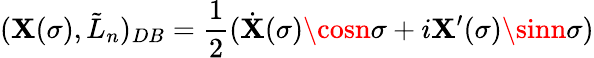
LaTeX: (\mathbf{X}(\sigma),\tilde{{L}}_{n})_{DB}=\frac{{1}}{{2}}(\dot{{\mathbf{X}}}(\sigma)\cosn\sigma+i\mathbf{X}^{\prime}(\sigma)\sinn\sigma)